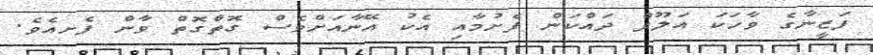
ފަޒީނާގެ ވާހަކަ އަލޫފް ދައްކަން ފެށުމާއި އެކު އޭނާއަށްވެސް ގޮތްގޮތް ވާން ފެށއެވެ.